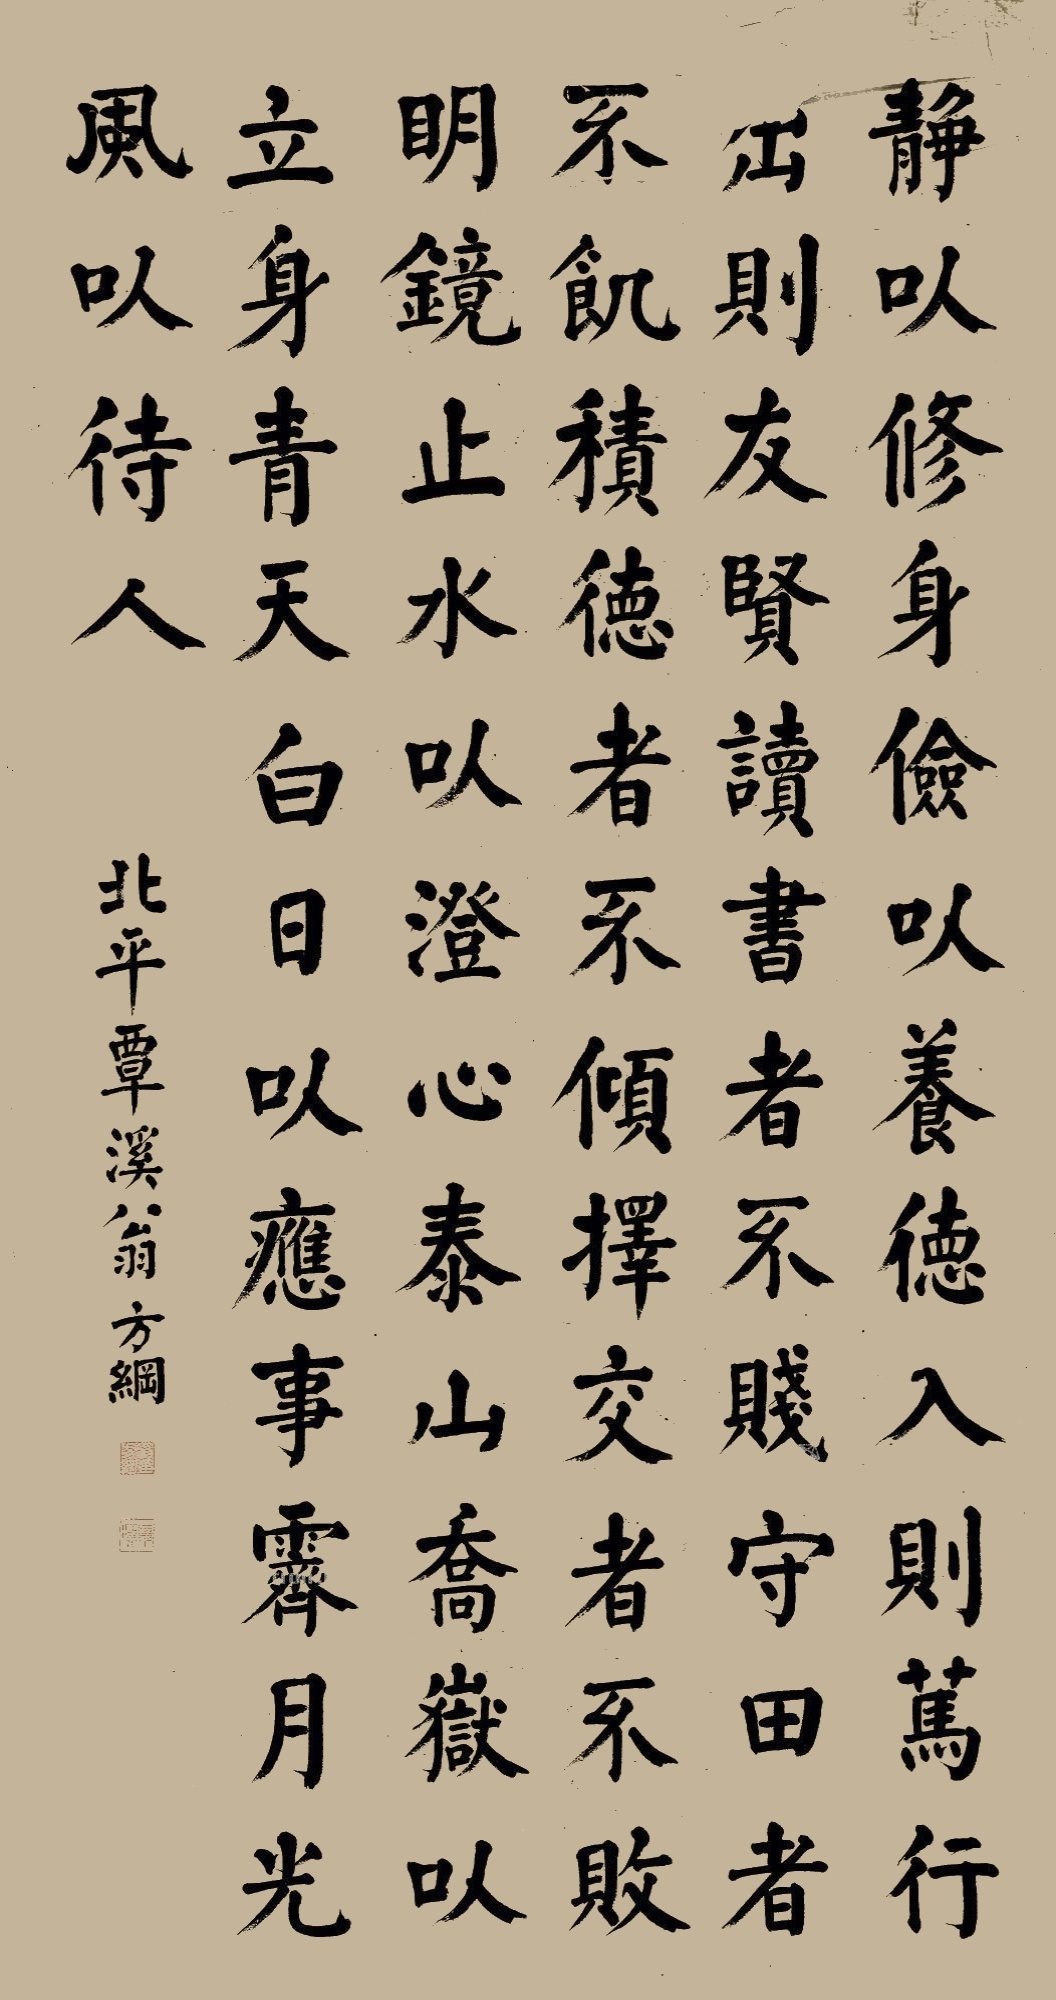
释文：静以修身，俭以养德。入则笃行，出则友贤。读书者不贱，守田者不饥，积德者不倾，择交者不败。明镜止水以澄心，泰山乔岳以立身；青天白日以应事，霁月光风以待人。北平覃溪翁方纲。